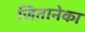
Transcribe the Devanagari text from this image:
जितानेका